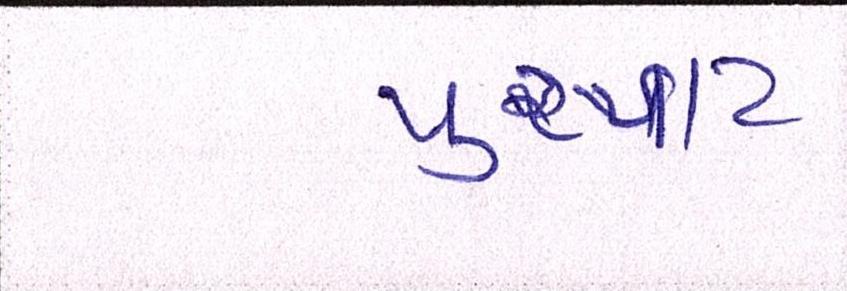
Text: પુરપાટ